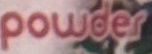
powder